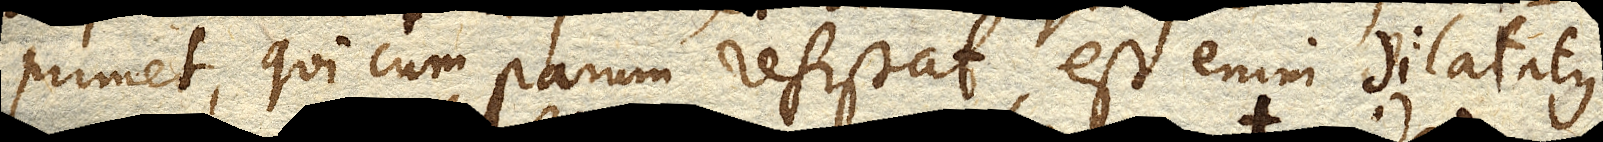
primet, qui cum parum resistat, est enim dilatatus